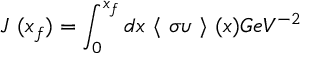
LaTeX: J ~ ( x _ { f } ) = \int _ { 0 } ^ { x _ { f } } d x ~ \langle ~ \sigma \upsilon ~ \rangle ~ ( x ) G e V ^ { - 2 }